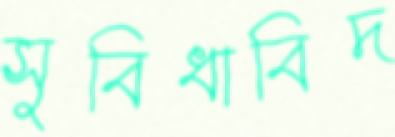
সুবিধাবিদ